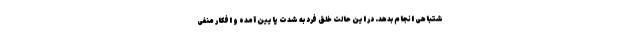
شتباهی انجام بدهد. در این حالت خلق فرد به شدت پایین آمده و افکار منفی